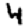
Digit: 4